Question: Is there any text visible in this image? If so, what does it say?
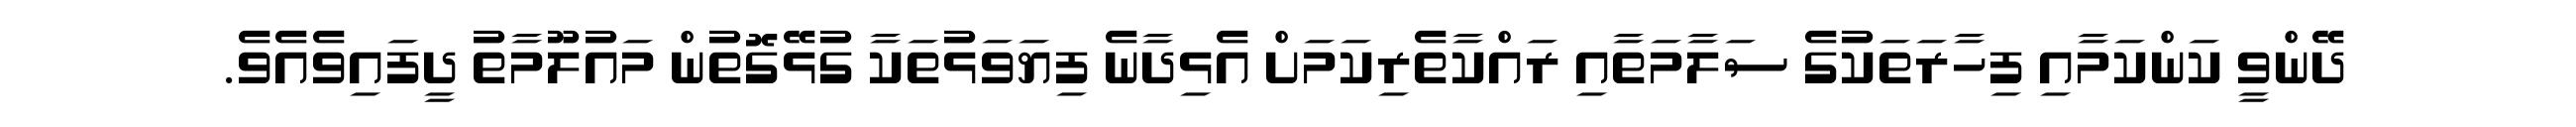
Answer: ދޭންވީ ކަންކަމާއި ފިހާރަތަކުގެ ސަލާމަތާއި ރައްކާތެރިކަމަށް އެޅިދާނެ ފިޔަވަޅުތަކާ ގުޅޭގޮތުން މައުލޫމާތު ދީފައިވެއެވެ.